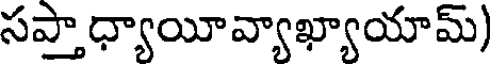
సప్తాధ్యాయీవ్యాఖ్యాయామ్)